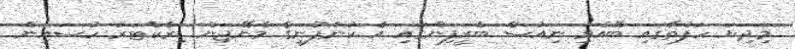
މިދިޔަ ހަފުތާގައި ބޭއްވި ނިއުސް ބްރީފިންގައި އެ ކުންފުނީގެ މެނޭޖިން ޑިރެކްޓަރު ހުސައިން